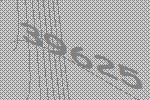
39625